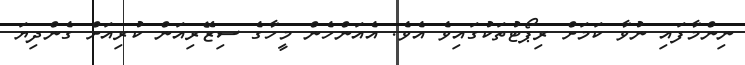
ނިންމާފައި ނުވާ ކަމަށް ރިޕޯޓުތަކުގައިވެ އެވެ. އެއަންހެން މީހާގެ ސިޒޭރިއަން ކުރިއަށް ގެންދިޔަ